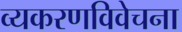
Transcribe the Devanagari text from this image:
व्यकरणविवेचना